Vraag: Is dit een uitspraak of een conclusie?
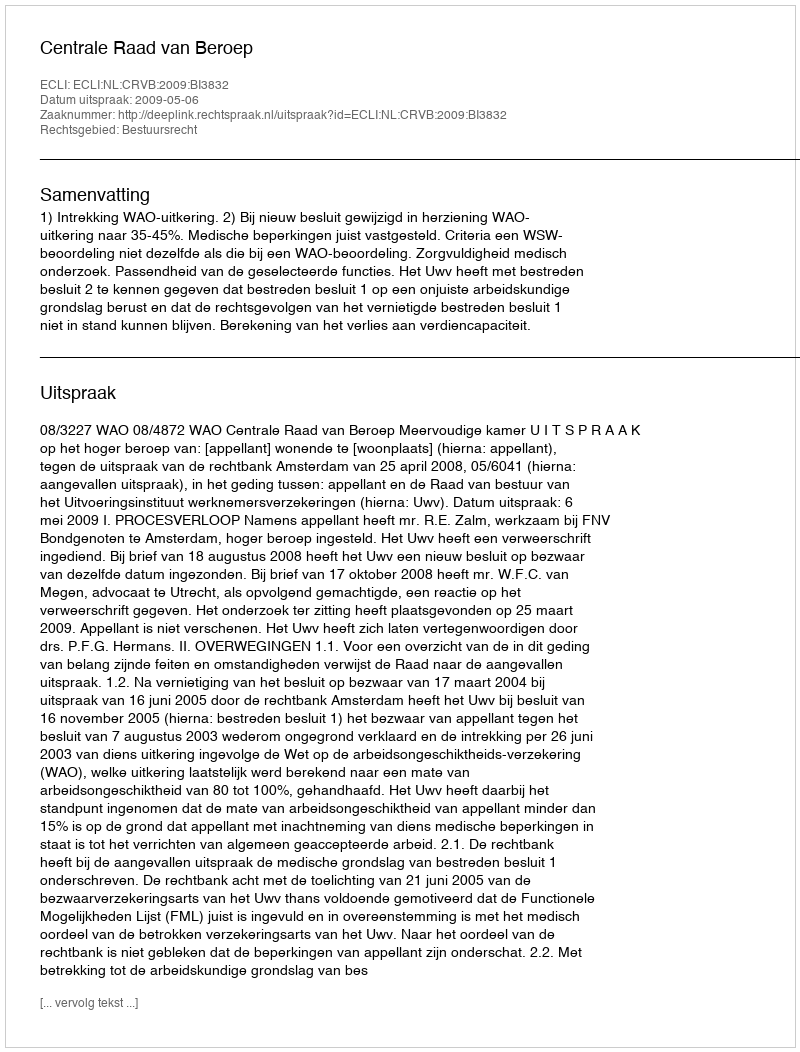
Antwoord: Uitspraak